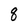
Character: q